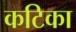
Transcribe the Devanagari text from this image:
कटिका